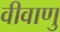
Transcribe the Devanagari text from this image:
वीवाणु